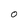
Character: O